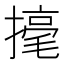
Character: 𢴅